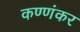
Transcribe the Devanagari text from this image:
कण्णंकर